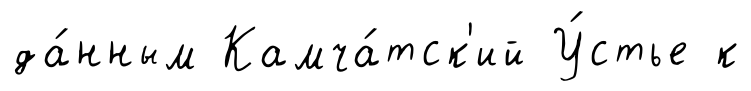
да́нным Камча́тск'ий У́стье к